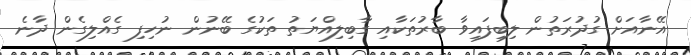
އޭނާއަށް ގުދުރަތުން ލިބިފައިވާ ބާރުތަކާއި ގާބިލިއްޔަތު ތަކުގެ ބޭނުން ނުހިފި ގެއްލިގެން ދާނެ